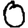
Digit: 0